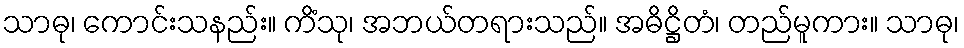
သာဓု၊ ကောင်းသနည်း။ ကိံသု၊ အဘယ်တရားသည်။ အဓိဋ္ဌိတံ၊ တည်မူကား။ သာဓု၊